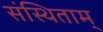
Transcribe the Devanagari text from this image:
संस्थिताम्‌